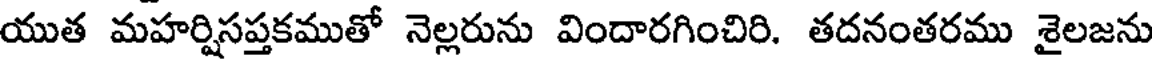
యుత మహర్షిసప్తకముతో నెల్లరును విందారగించిరి. తదనంతరము శైలజను